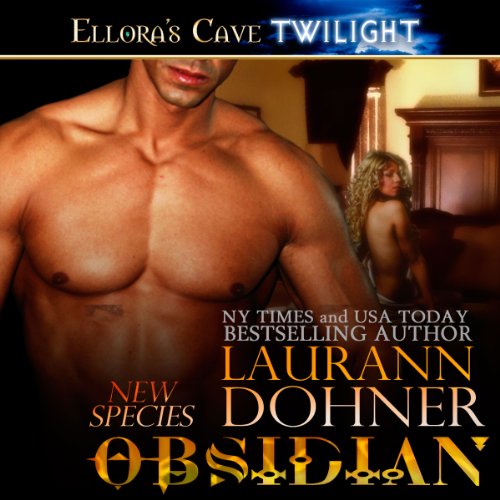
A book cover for Obsidian; Laurann Dohner; Romance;